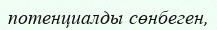
потенциалды сөнбеген,